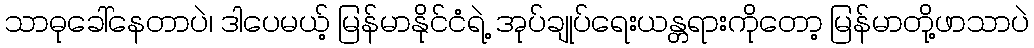
သာဓုခေါ်နေတာပဲ၊ ဒါပေမယ့် မြန်မာနိုင်ငံရဲ့ အုပ်ချုပ်ရေးယန္တရားကိုတော့ မြန်မာတို့ဖာသာပဲ